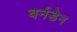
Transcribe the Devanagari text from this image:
बर्नडेन